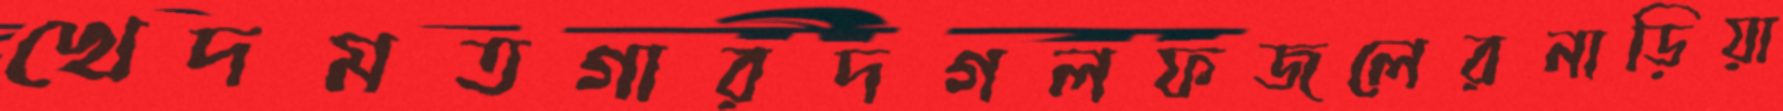
খেদমতগারদগলফজলেরনাড়িয়া